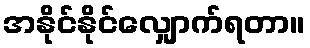
အနိုင်နိုင်လျှောက်ရတာ။